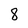
Character: 8